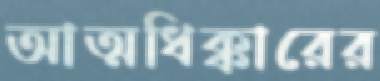
আত্মধিক্কারের